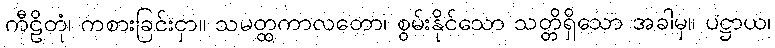
ကီဠိတုံ၊ ကစားခြင်းငှာ။ သမတ္ထကာလတော၊ စွမ်းနိုင်သော သတ္တိရှိသော အခါမှ။ ပဋ္ဌာယ၊